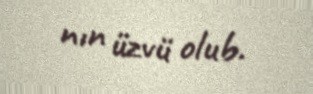
nın üzvü olub.